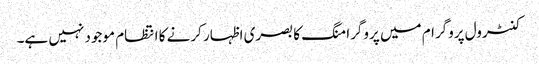
کنٹرول پروگرام میں پروگرامنگ کا بصری اظہار کرنے کا انتظام موجود نہیں ہے۔